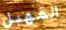
المهبل